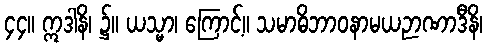
၄၄။ ဣဒါနိ၊ ၌။ ယသ္မာ၊ ကြောင့်။ သမာဓိဘာဝနာမယဉာဏာဒီနိ၊